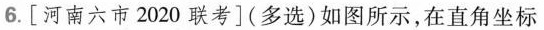
6.[河南六市2020联考](多选)如图所示，在直角坐标